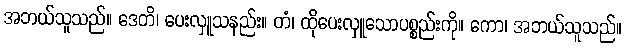
အဘယ်သူသည်။ ဒေတိ၊ ပေးလှူသနည်း။ တံ၊ ထိုပေးလှူသောပစ္စည်းကို။ ကော၊ အဘယ်သူသည်။